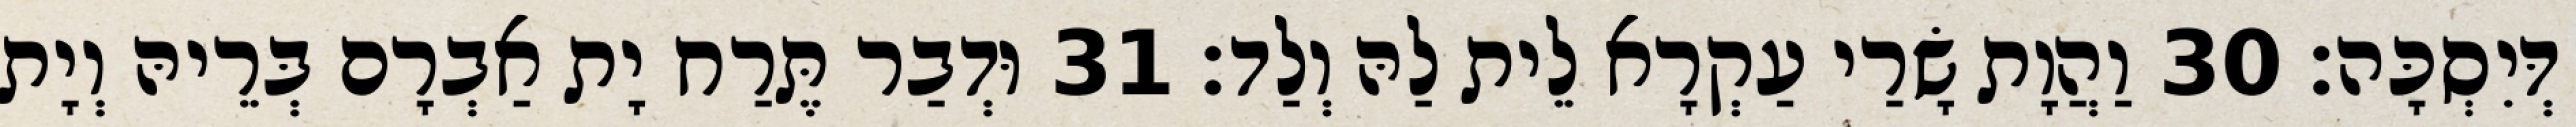
דְּיִסְכָּה׃ 30 וַהֲוָת שָׂרַי עַקְרָא לֵית לַהּ וְלַד׃ 31 וּדְבַר תֶּרַח יָת אַבְרָם בְּרֵיהּ וְיָת